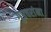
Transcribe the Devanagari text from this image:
गुप्तचरांना